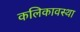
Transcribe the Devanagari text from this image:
कलिकावस्था